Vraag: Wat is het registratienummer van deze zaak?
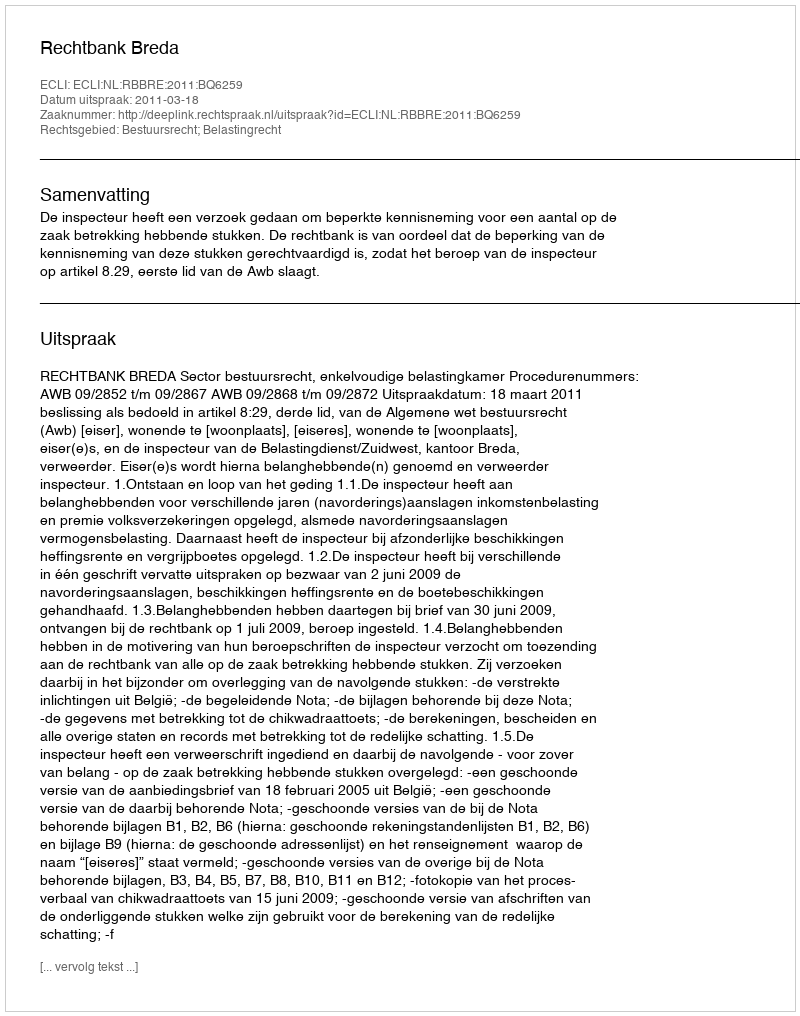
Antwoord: http://deeplink.rechtspraak.nl/uitspraak?id=ECLI:NL:RBBRE:2011:BQ6259